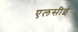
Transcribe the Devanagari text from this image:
एलसीई